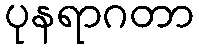
ပုနရာဂတာ